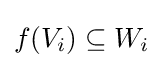
f(V_{i})\subseteq W_{i}